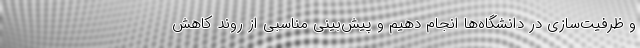
و ظرفیت‌سازی در دانشگاه‌ها انجام دهیم و پیش‌بینی مناسبی از روند کاهش